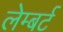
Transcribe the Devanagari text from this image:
लेम्‍बर्ट